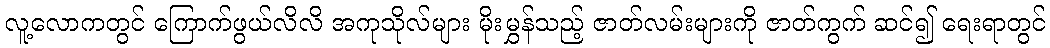
လူ့လောကတွင် ကြောက်ဖွယ်လိလိ အကုသိုလ်များ မိုးမွှန်သည့် ဇာတ်လမ်းများကို ဇာတ်ကွက် ဆင်၍ ရေးရာတွင်